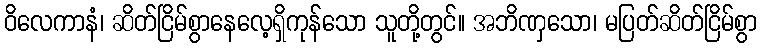
ဝိလေကာနံ၊ ဆိတ်ငြိမ်စွာနေလေ့ရှိကုန်သော သူတို့တွင်။ အဘိဏှသော၊ မပြတ်ဆိတ်ငြိမ်စွာ